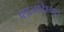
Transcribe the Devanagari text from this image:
प्लाज्मोडेस्माटा